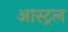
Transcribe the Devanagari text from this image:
आस्ट्रल